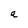
Character: a